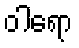
ဝါရော